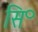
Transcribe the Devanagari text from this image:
सि॰